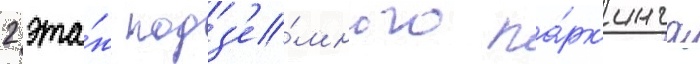
2 эта́ж подз'е́много па́рк'инга